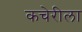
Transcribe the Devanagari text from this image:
कचेरीला